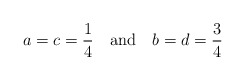
\begin{align*}a=c={1\over 4}\quad {\rm and}\quad b=d={3\over 4}\end{align*}